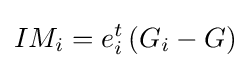
IM_{i}=e_{i}^{t}\left(G_{i}-G\right)